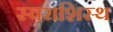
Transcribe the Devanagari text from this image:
स्वराशिस्थ